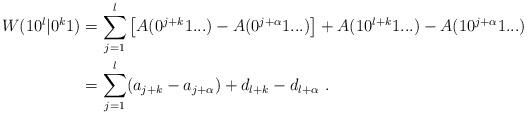
LaTeX: \begin{align*}W(10^l|0^k1) &= \sum_{j=1}^l \left[ A(0^{j+k}1...) - A(0^{j+\alpha}1...) \right] + A (10^{l+k}1...) - A(10^{j+\alpha}1...) \\&= \sum_{j=1}^l (a_{j+k} - a_{j+\alpha}) + d_{l+k} - d_{l+\alpha} \ .\end{align*}